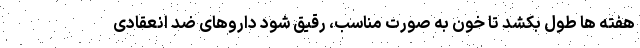
هفته ها طول بکشد تا خون به صورت مناسب، رقیق شود داروهای ضد انعقادی